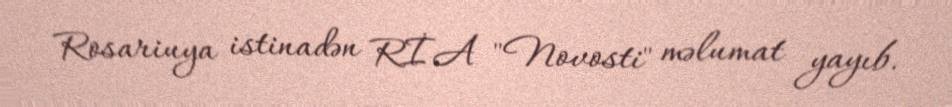
Rosariuya istinadən RİA "Novosti" məlumat yayıb.